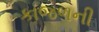
કાજળની